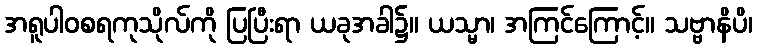
အရူပါဝစရကုသိုလ်ကို ပြပြီးရာ ယခုအခါ၌။ ယသ္မာ၊ အကြင်ကြောင့်။ သဗ္ဗာနိပိ၊